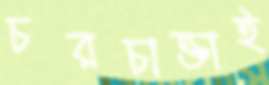
চরচাক্তাই